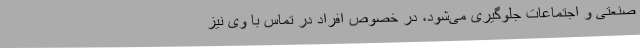
صنعتی و اجتماعات جلوگیری می‌شود، در خصوص افراد در تماس با وی نیز